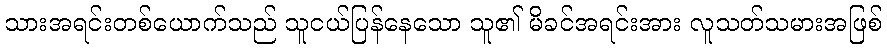
သားအရင်းတစ်ယောက်သည် သူငယ်ပြန်နေသော သူ၏ မိခင်အရင်းအား လူသတ်သမားအဖြစ်